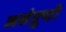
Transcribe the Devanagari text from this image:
असंतुष्टो